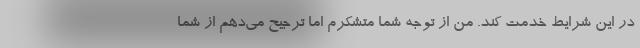
در این شرایط خدمت کند. من از توجه شما متشکرم اما ترجیح می‌دهم از شما